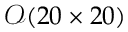
\mathcal { O } ( 2 0 \times 2 0 )